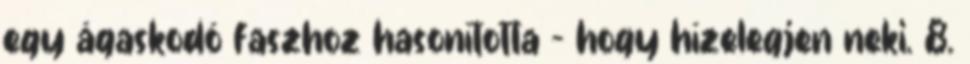
egy ágaskodó faszhoz hasonította - hogy hízelegjen neki. 8.